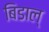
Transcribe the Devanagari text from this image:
बिडाल्